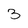
Character: 3